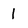
Character: 1